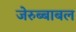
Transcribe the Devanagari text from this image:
जेरुब्बाबल